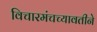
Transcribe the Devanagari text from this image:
विचारमंचच्यावतीने